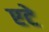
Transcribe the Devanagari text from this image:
एटे